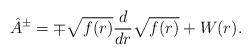
LaTeX: \begin{align*} \hat{A}^{\pm} = \mp \sqrt{f(r)} \frac{d}{dr} \sqrt{f(r)} + W(r). \end{align*}